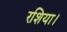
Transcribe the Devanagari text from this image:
रशिया।